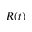
R ( t )